Senior Leaving Certificate Examination (including Day School Certificate (Higher) General paper), 1948
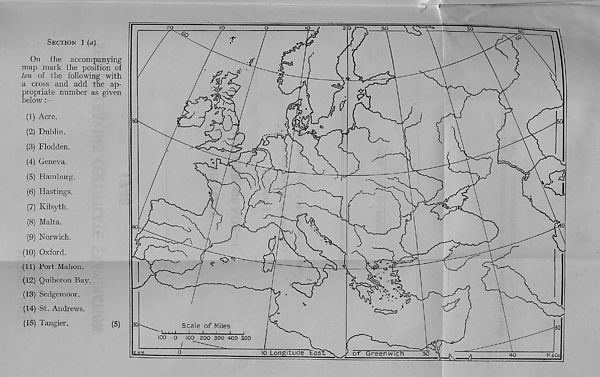
SECTION 1 {a)
On the accompanying
map mark the position of
ten of the following with
a cross and add the ap-
propriate number as given
below :—
(1) Acre.
(2) Dublin.
(3) Flodden.
(4) Geneva.
(5) Hamburg.
(6) Hastings.
(7) Kilsyth.
(8) Malta.
(9) Norwich.
(10) Oxford.
(11) Port Mahon.
(12) Quiberon Bay.
(13) Sedgemoor.
(14) St. Andrews.
(15) Tangier.
(5)
20
IO
30
50
60
&
$
\mK
50
r
to
$
ca.
■0
■
30
Scale of Miles
' U-i i I
'ii'i
100 0
100 200 300 400 S00
30
IQ Longitude Eas
of Greenwich
E.AM
30
40
rr\\;
(1